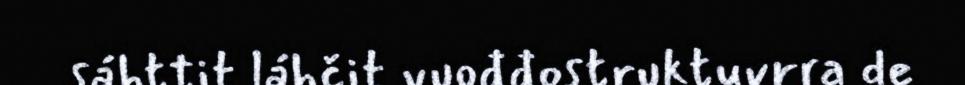
sáhttit láhčit vuođđostruktuvrra de